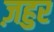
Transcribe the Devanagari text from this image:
ज़हुर